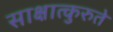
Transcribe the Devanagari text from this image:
साक्षात्कुरुते